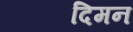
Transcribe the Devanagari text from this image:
दिमन